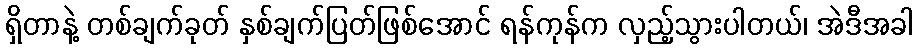
ရှိတာနဲ့ တစ်ချက်ခုတ် နှစ်ချက်ပြတ်ဖြစ်အောင် ရန်ကုန်က လှည့်သွားပါတယ်၊ အဲဒီအခါ